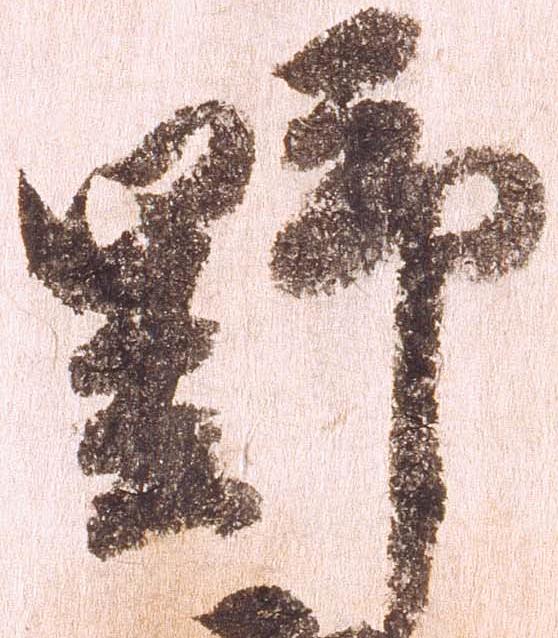
野